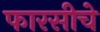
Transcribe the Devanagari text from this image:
फारसीचे